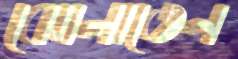
ঝোলাতেন